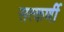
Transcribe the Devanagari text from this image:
सत्कर्णी